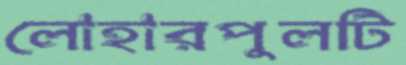
লোহারপুলটি